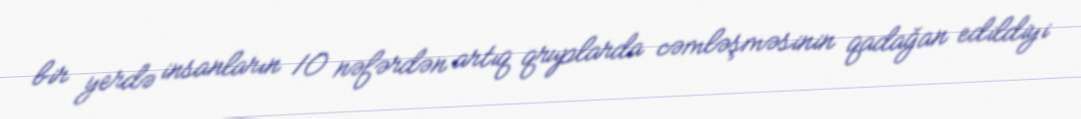
bir yerdə insanların 10 nəfərdən artıq qruplarda cəmləşməsinin qadağan edildiyi